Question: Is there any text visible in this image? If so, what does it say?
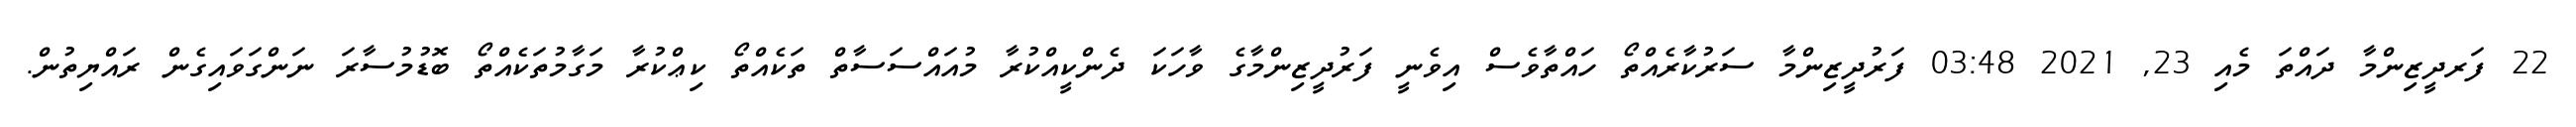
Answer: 22 ފަރދީޒިންމާ ދައްތަ މެއި 23, 2021 03:48 ފަރުދީޒިންމާ ސަރުކާރެއްތޯ ހައްތާވެސް އިވެނީ ފަރުދީޒިންމާގެ ވާހަކަ ދެންކީއްކުރާ މުއައްސަސާތް ތަކެއްތޯ ކިޢްކުރާ މަގާމުތަކެއްތޯ ބޮޑުމުސާރަ ނަންގަވައިގެން ރައްޔިތުން.